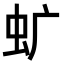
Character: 𧈴